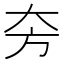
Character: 𱘮